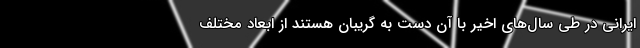
ایرانی در طی سال‌های اخیر با آن دست به گریبان هستند از ابعاد مختلف